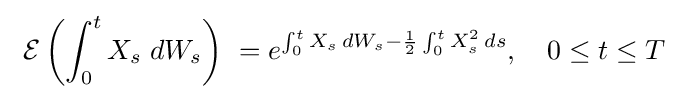
\ {\mathcal {E}}\left(\int _{0}^{t}X_{s}\;dW_{s}\right)\ =e^{\int _{0}^{t}X_{s}\,dW_{s}-{\frac {1}{2}}\int _{0}^{t}X_{s}^{2}\,ds},\quad 0\leq t\leq T